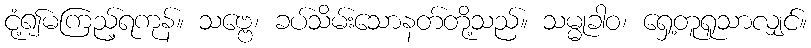
ငုံ့၍မကြည့်ရကုန်။ သဗ္ဗေ၊ ခပ်သိမ်းသောနတ်တို့သည်။ သမ္မုခါဝ၊ ရှေ့တူရူသာလျှင်။